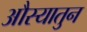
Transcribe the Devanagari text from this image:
औस्यातुन